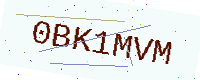
Text: 0BK1MVM